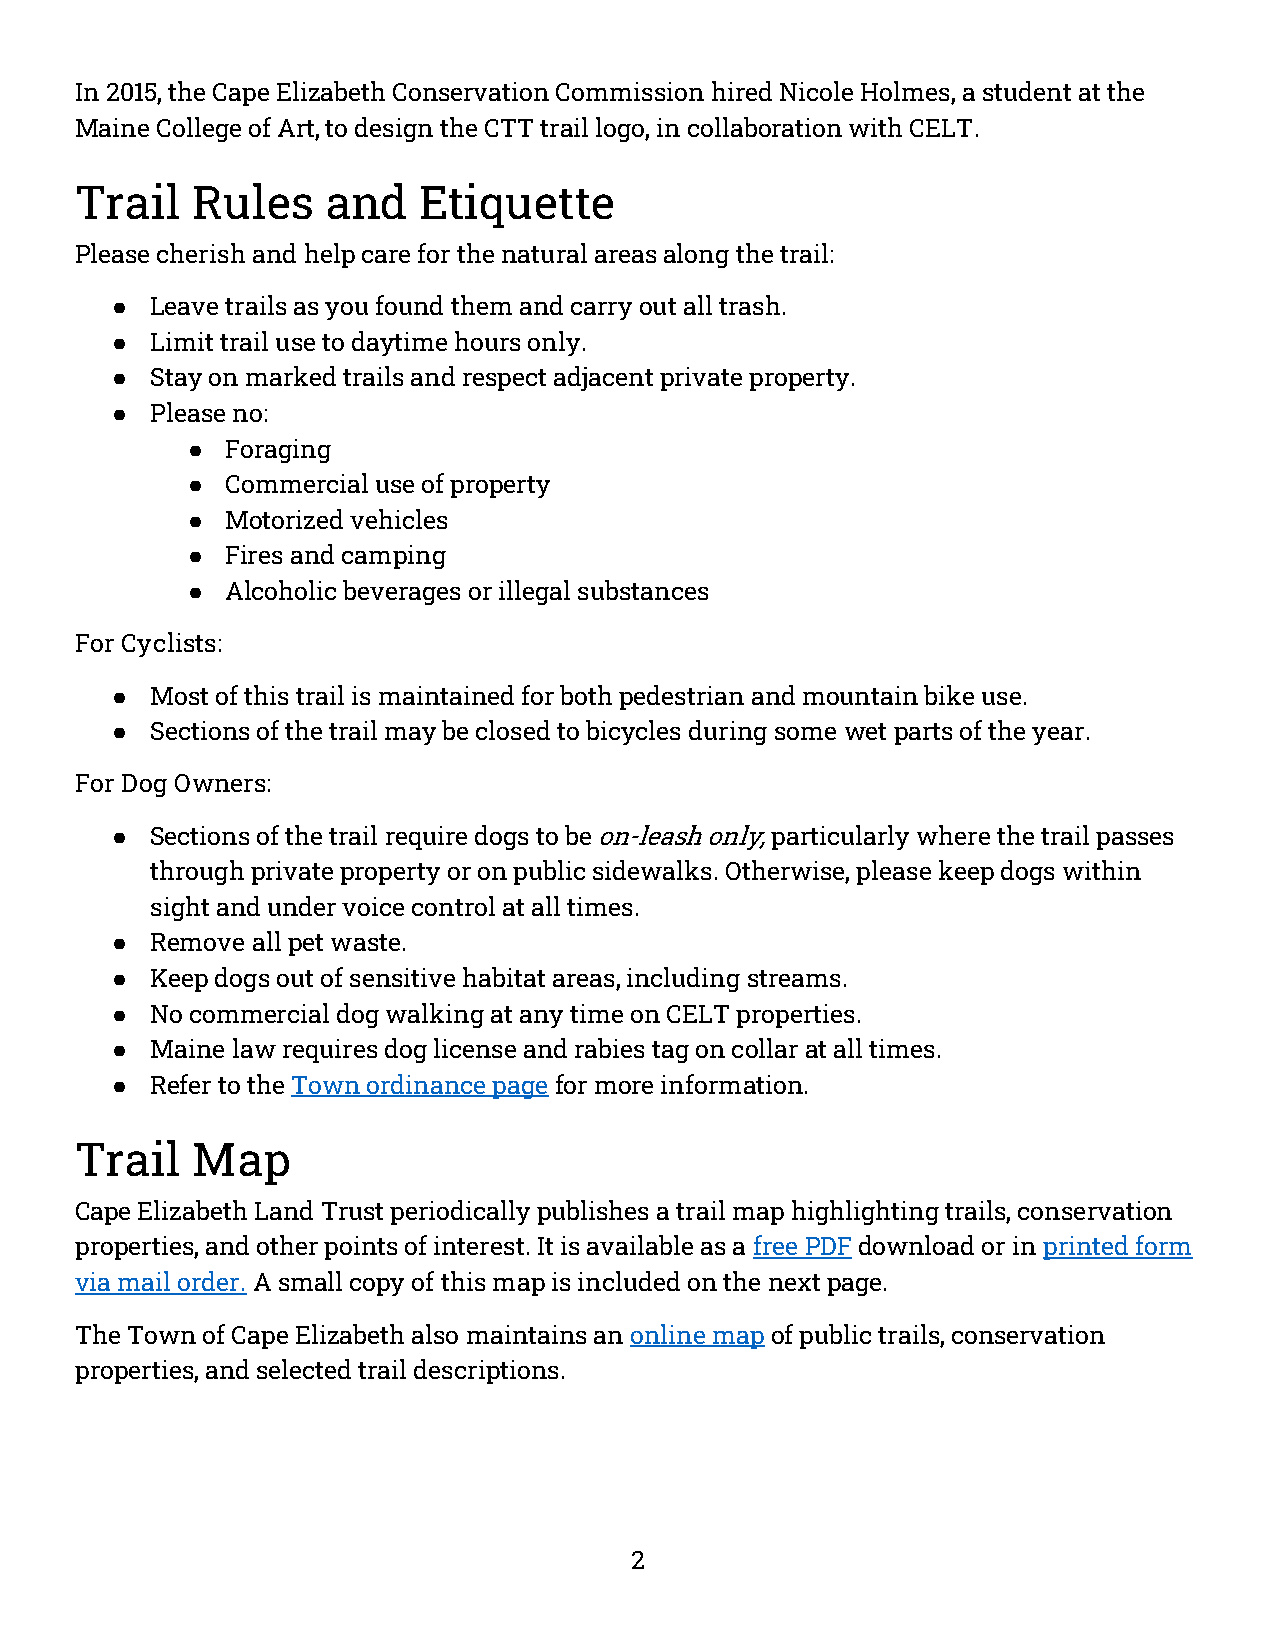
In 2015, the Cape Elizabeth Conservation Commission hired Nicole Holmes, a student at the
 Maine College of Art, to design the CTT trail logo, in collaboration with CELT.
 Trail   Rules    and   Etiquette
 Please cherish and help care for the natural areas along the trail:
 ●  Leave trails as you found them and carry out all trash.
 ●  Limit trail use to daytime hours only.
 ●  Stay on marked trails and respect adjacent private property.
 ●  Please no:
 ●  Foraging
 ●  Commercial use of property
 ●  Motorized vehicles
 ●  Fires and camping
 ●  Alcoholic beverages or illegal substances
 For Cyclists:
 ●  Most of this trail is maintained for both pedestrian and mountain bike use.
 ●  Sections of the trail may be closed to bicycles during some wet parts of the year.
 For Dog Owners:
 ●  Sections of the trail require dogs to be on-leash only, particularly where the trail passes
 through private property or on public sidewalks. Otherwise, please keep dogs within
 sight and under voice control at all times.
 ●  Remove all pet waste.
 ●  Keep dogs out of sensitive habitat areas, including streams.
 ●  No commercial dog walking at any time on CELT properties.
 ●  Maine law requires dog license and rabies tag on collar at all times.
 ●  Refer to the Town ordinance page for more information.
 Trail   Map
 Cape Elizabeth Land Trust periodically publishes a trail map highlighting trails, conservation
 properties, and other points of interest. It is available as a free PDF download or in printed form
 via mail order. A small copy of this map is included on the next page.
 The Town of Cape Elizabeth also maintains an online map of public trails, conservation
 properties, and selected trail descriptions.
 2